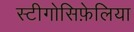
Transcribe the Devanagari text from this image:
स्टीगोसिफ़ेलिया